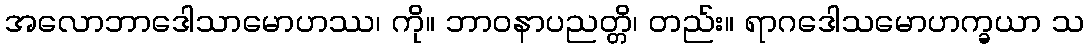
အလောဘာဒေါသာမောဟဿ၊ ကို။ ဘာဝနာပညတ္တိ၊ တည်း။ ရာဂဒေါသမောဟက္ခယာ သ